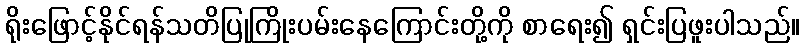
ရိုးဖြောင့်နိုင်ရန်သတိပြုကြိုးပမ်းနေကြောင်းတို့ကို စာရေး၍ ရှင်းပြဖူးပါသည်။